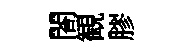
閤観膠